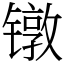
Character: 镦